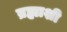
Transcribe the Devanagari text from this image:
ब्रह्माशी